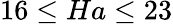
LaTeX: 16\le Ha\le 23